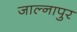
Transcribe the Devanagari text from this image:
जाल्नापुर